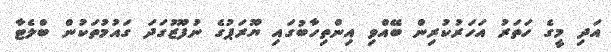
އަދި މީގެ ހަތަރު އަހަރުކުރިން ބޭއްވި އިންތިހާބުގައި ޔޫރަޕުގެ ނުފޫޒުގަދަ ގައުމުތަކުން ބްލެޓާ